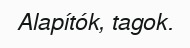
Alapítók, tagok.